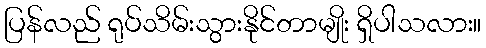
ပြန်လည် ရုပ်သိမ်းသွားနိုင်တာမျိုး ရှိပါသလား။